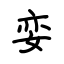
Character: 娈